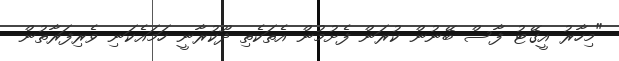
"މިހާރު އީގޭޓު ފާސް ބޭނުން ކުރަން ފެށުމުން އެތަކެތި ދޫކުރާނީ ހަމައެކަނި ވެރިފަރާތުން